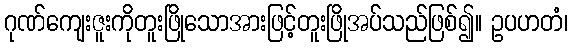
ဂုဏ်ကျေးဇူးကိုတူးဖြိုသောအားဖြင့်တူးဖြိုအပ်သည်ဖြစ်၍။ ဥပဟတံ၊